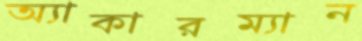
অ্যাকারম্যান